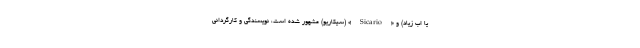
یا اب زیاد) و «Sicario» (سیکاریو) مشهور شده است، نویسندگی و کارگردانی